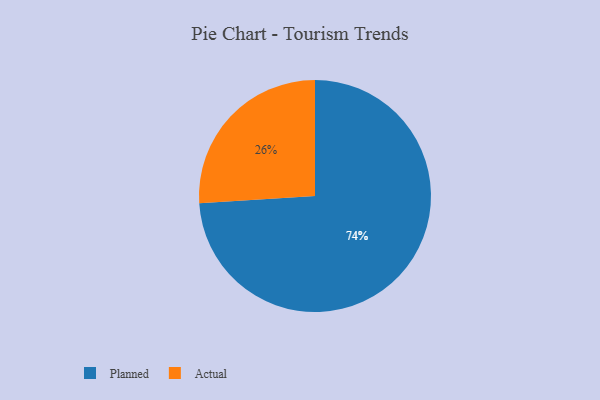
{"axis": {"x": "Category", "y": "Percentage"}, "legend": ["Actual", "Planned"], "data": [{"x": "Actual", "y": 26, "type": "Actual"}, {"x": "Planned", "y": 74, "type": "Planned"}]}